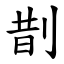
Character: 剒